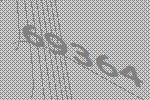
69364